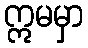
ဣမမှာ